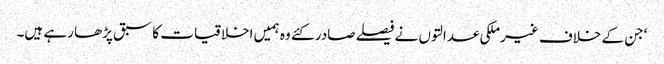
‘جن کے خلاف غیرملکی عدالتوں نے فیصلے صادر کئے وہ ہمیں اخلاقیات کا سبق پڑھا رہے ہیں۔